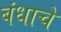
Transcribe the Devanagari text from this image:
बंधाचे